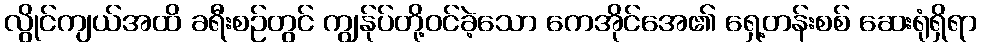
လွိုင်ကျယ်အထိ ခရီးစဉ်တွင် ကျွန်ုပ်တို့ဝင်ခဲ့သော ကေအိုင်အေ၏ ရှေ့တန်းစစ် ဆေးရုံရှိရာ